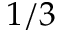
1 / 3